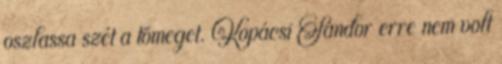
oszlassa szét a tömeget. Kopácsi Sándor erre nem volt